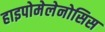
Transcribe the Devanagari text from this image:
हाइपोमेलेनोसिस